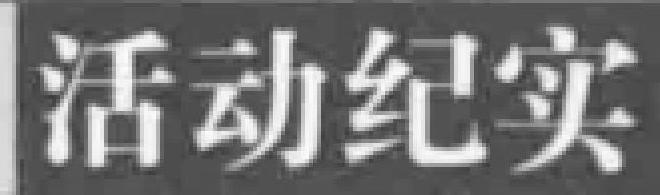
活动纪实